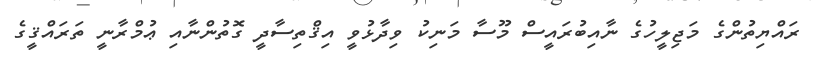
ރައްޔިތުންގެ މަޖިލީހުގެ ނާއިބުރައީސް މޫސާ މަނިކު ވިދާޅުވީ އިޤްތިސާދީ ގޮތުންނާއި ޢުމްރާނީ ތަރައްޤީގެ